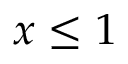
x \leq 1